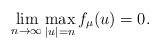
LaTeX: \begin{align*} \lim_{n \to \infty} \max_{|u|=n} f_\mu(u) = 0.\end{align*}